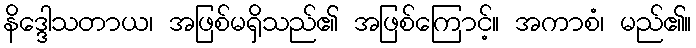
နိဒ္ဒေါသတာယ၊ အဖြစ်မရှိသည်၏ အဖြစ်ကြောင့်။ အကာစံ၊ မည်၏။